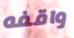
واقفه